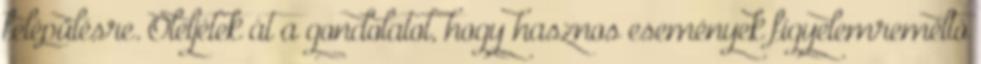
felépülésre. Öleljétek át a gondolatot, hogy hasznos események figyelemreméltó